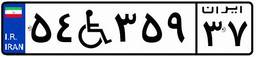
۹۹W۰۲۷۸۶